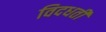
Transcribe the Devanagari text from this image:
विदधतीं